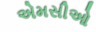
એમસીઓ